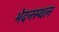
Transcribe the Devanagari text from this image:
भेदनस्थल